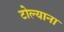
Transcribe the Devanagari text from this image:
टोल्याना